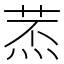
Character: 𦱷